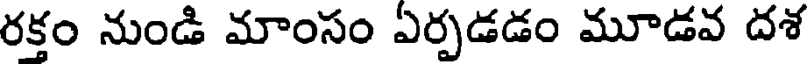
రక్తం నుండి మాంసం ఏర్పడడం మూడవ దశ